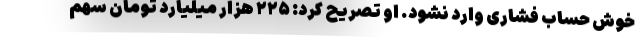
خوش حساب فشاری وارد نشود. او تصریح کرد: ۲۲۵ هزار میلیارد تومان سهم